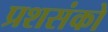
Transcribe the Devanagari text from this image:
प्रशसंको